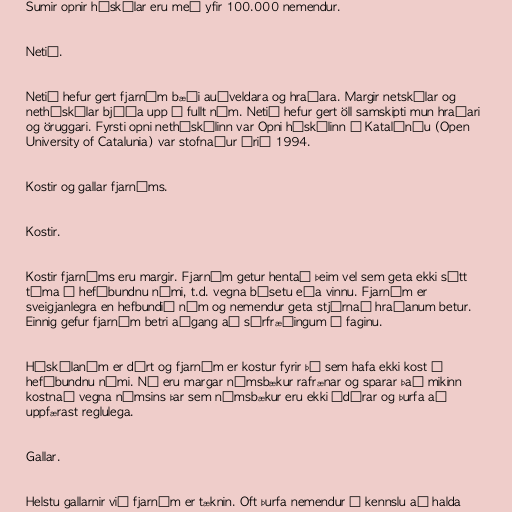
Sumir opnir háskólar eru með yfir 100.000 nemendur.

Netið.

Netið hefur gert fjarnám bæði auðveldara og hraðara. Margir netskólar og
netháskólar bjóða upp á fullt nám. Netið hefur gert öll samskipti mun hraðari
og öruggari. Fyrsti opni netháskólinn var Opni háskólinn í Katalóníu (Open
University of Catalunia) var stofnaður árið 1994.

Kostir og gallar fjarnáms.

Kostir.

Kostir fjarnáms eru margir. Fjarnám getur hentað þeim vel sem geta ekki sótt
tíma í hefðbundnu námi, t.d. vegna búsetu eða vinnu. Fjarnám er
sveigjanlegra en hefbundið nám og nemendur geta stjórnað hraðanum betur.
Einnig gefur fjarnám betri aðgang að sérfræðingum í faginu.

Háskólanám er dýrt og fjarnám er kostur fyrir þá sem hafa ekki kost á
hefðbundnu námi. Nú eru margar námsbækur rafrænar og sparar það mikinn
kostnað vegna námsins þar sem námsbækur eru ekki ódýrar og þurfa að
uppfærast reglulega.

Gallar.

Helstu gallarnir við fjarnám er tæknin. Oft þurfa nemendur á kennslu að halda